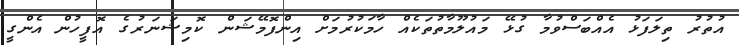
އުތުރު ތިލަފަޅު އެއްބަސްވުމާ ގުޅޭ މައުލޫމާތުތަކެއް ހާމަކުރުމަށް އިންފޮމޭޝަން ކޮމިޝަނަރުގެ އޮފީހުން އެންގީ